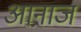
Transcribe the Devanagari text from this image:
आनाज